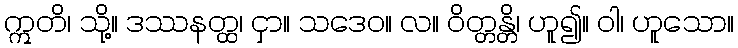
ဣတိ၊ သို့။ ဒဿနတ္ထ၊ ငှာ။ သဒေဝ။ လ။ ဝိတ္တန္တိ၊ ဟူ၍။ ဝါ၊ ဟူသော။